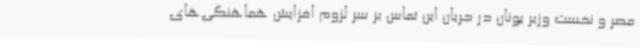
مصر و نخست وزیر یونان در جریان این تماس بر سر لزوم افزایش هماهنگی‌های